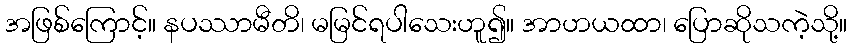
အဖြစ်ကြောင့်။ နပဿာမီတိ၊ မမြင်ရပါသေးဟူ၍။ အာဟယထာ၊ ပြောဆိုသကဲ့သို့။